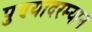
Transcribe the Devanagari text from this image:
पुण्यादरम्यान